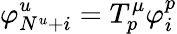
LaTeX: \varphi_{N^{u}+i}^{u}=T_{p}^{\mu}\varphi_{i}^{p}